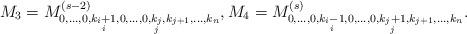
LaTeX: \begin{align*}M_3 = M^{(s-2)}_{0,\ldots, 0,\underset{i}{k_{i}+1},0,\ldots,0,\underset{j}{k_{j}},k_{j+1},\ldots,k_{n}}, M_4 = M^{(s)}_{0,\ldots, 0,\underset{i}{k_{i}-1},0,\ldots,0,\underset{j}{k_{j}+1},k_{j+1},\ldots,k_{n}}.\end{align*}